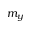
m _ { y }